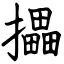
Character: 攂